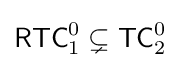
{\mathsf {RTC}}_{1}^{0}\subsetneq {\mathsf {TC}}_{2}^{0}